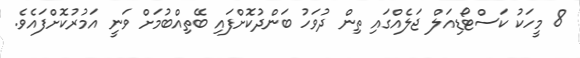
8 މީހަކު ކަސްޓޯޑިއަލް ޖަލެއްގައި ތިން ދުވަހު ބަންދުކޮށްފައި ބޭތިއްބުމަށް ވަނީ އަމުރުކޮށްފައެވެ.